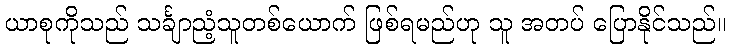
ယာစုကိုသည် သင်္ချာညံ့သူတစ်ယောက် ဖြစ်ရမည်ဟု သူ အတပ် ပြောနိုင်သည်။